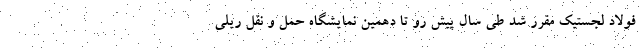
فولاد لجستیک مقرر شد طی سال پیش رو تا دهمین نمایشگاه حمل و نقل ریلی